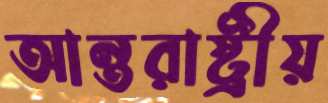
আন্তরাষ্ট্রীয়